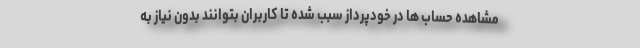
مشاهده حساب ها در خودپرداز سبب شده تا کاربران بتوانند بدون نیاز به